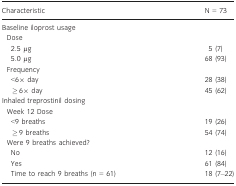
<table><thead><tr><td><b>Characteristic</b></td><td><b>N = 73</b></td></tr></thead><tbody><tr><td colspan="2">Baseline iloprost usage</td></tr><tr><td colspan="2"> Dose</td></tr><tr><td>2.5 μg</td><td>5 (7)</td></tr><tr><td>5.0 μg</td><td>68 (93)</td></tr><tr><td colspan="2"> Frequency</td></tr><tr><td>&lt;6× day</td><td>28 (38)</td></tr><tr><td>≥6× day</td><td>45 (62)</td></tr><tr><td colspan="2"> Inhaled treprostinil dosing</td></tr><tr><td colspan="2"> Week 12 Dose</td></tr><tr><td>&lt;9 breaths</td><td>19 (26)</td></tr><tr><td>≥9 breaths</td><td>54 (74)</td></tr><tr><td colspan="2"> Were 9 breaths achieved?</td></tr><tr><td>No</td><td>12 (16)</td></tr><tr><td>Yes</td><td>61 (84)</td></tr><tr><td>Time to reach 9 breaths (n = 61)</td><td>18 (7–22)</td></tr></tbody></table>